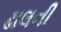
ઢાલની